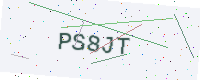
Text: PS8JT